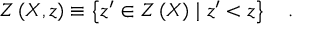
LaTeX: { \cal Z } \left( X , z \right) \equiv \left\{ z ^ { \prime } \in { \cal Z } \left( X \right) \mid z ^ { \prime } < z \right\} \quad .